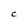
Character: C